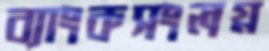
ব্যাংকসংলগ্ন